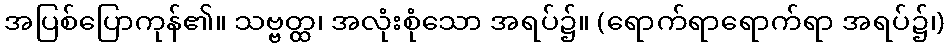
အပြစ်ပြောကုန်၏။ သဗ္ဗတ္ထ၊ အလုံးစုံသော အရပ်၌။ (ရောက်ရာရောက်ရာ အရပ်၌၊)